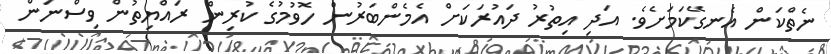
ނެތްކަން އެނގޭކަމަށެވެ. އަދި އިތުރު ދައުރަކަށް އެމެންބަރުން ހޮވުމުގެ ކުރިން ރައްޔިތުން ވިސްނަން